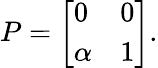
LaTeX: P={\left[\begin{array}{ll}{0}&{0}\\ {\alpha}&{1}\end{array}\right]}.